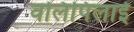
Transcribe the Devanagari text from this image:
वलिपिलाई